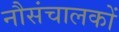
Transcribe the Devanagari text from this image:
नौसंचालकों